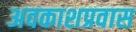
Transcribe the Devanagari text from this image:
अवकाशप्रवास